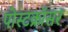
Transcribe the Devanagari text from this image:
पोस्टक्रॉसर